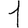
Digit: 1